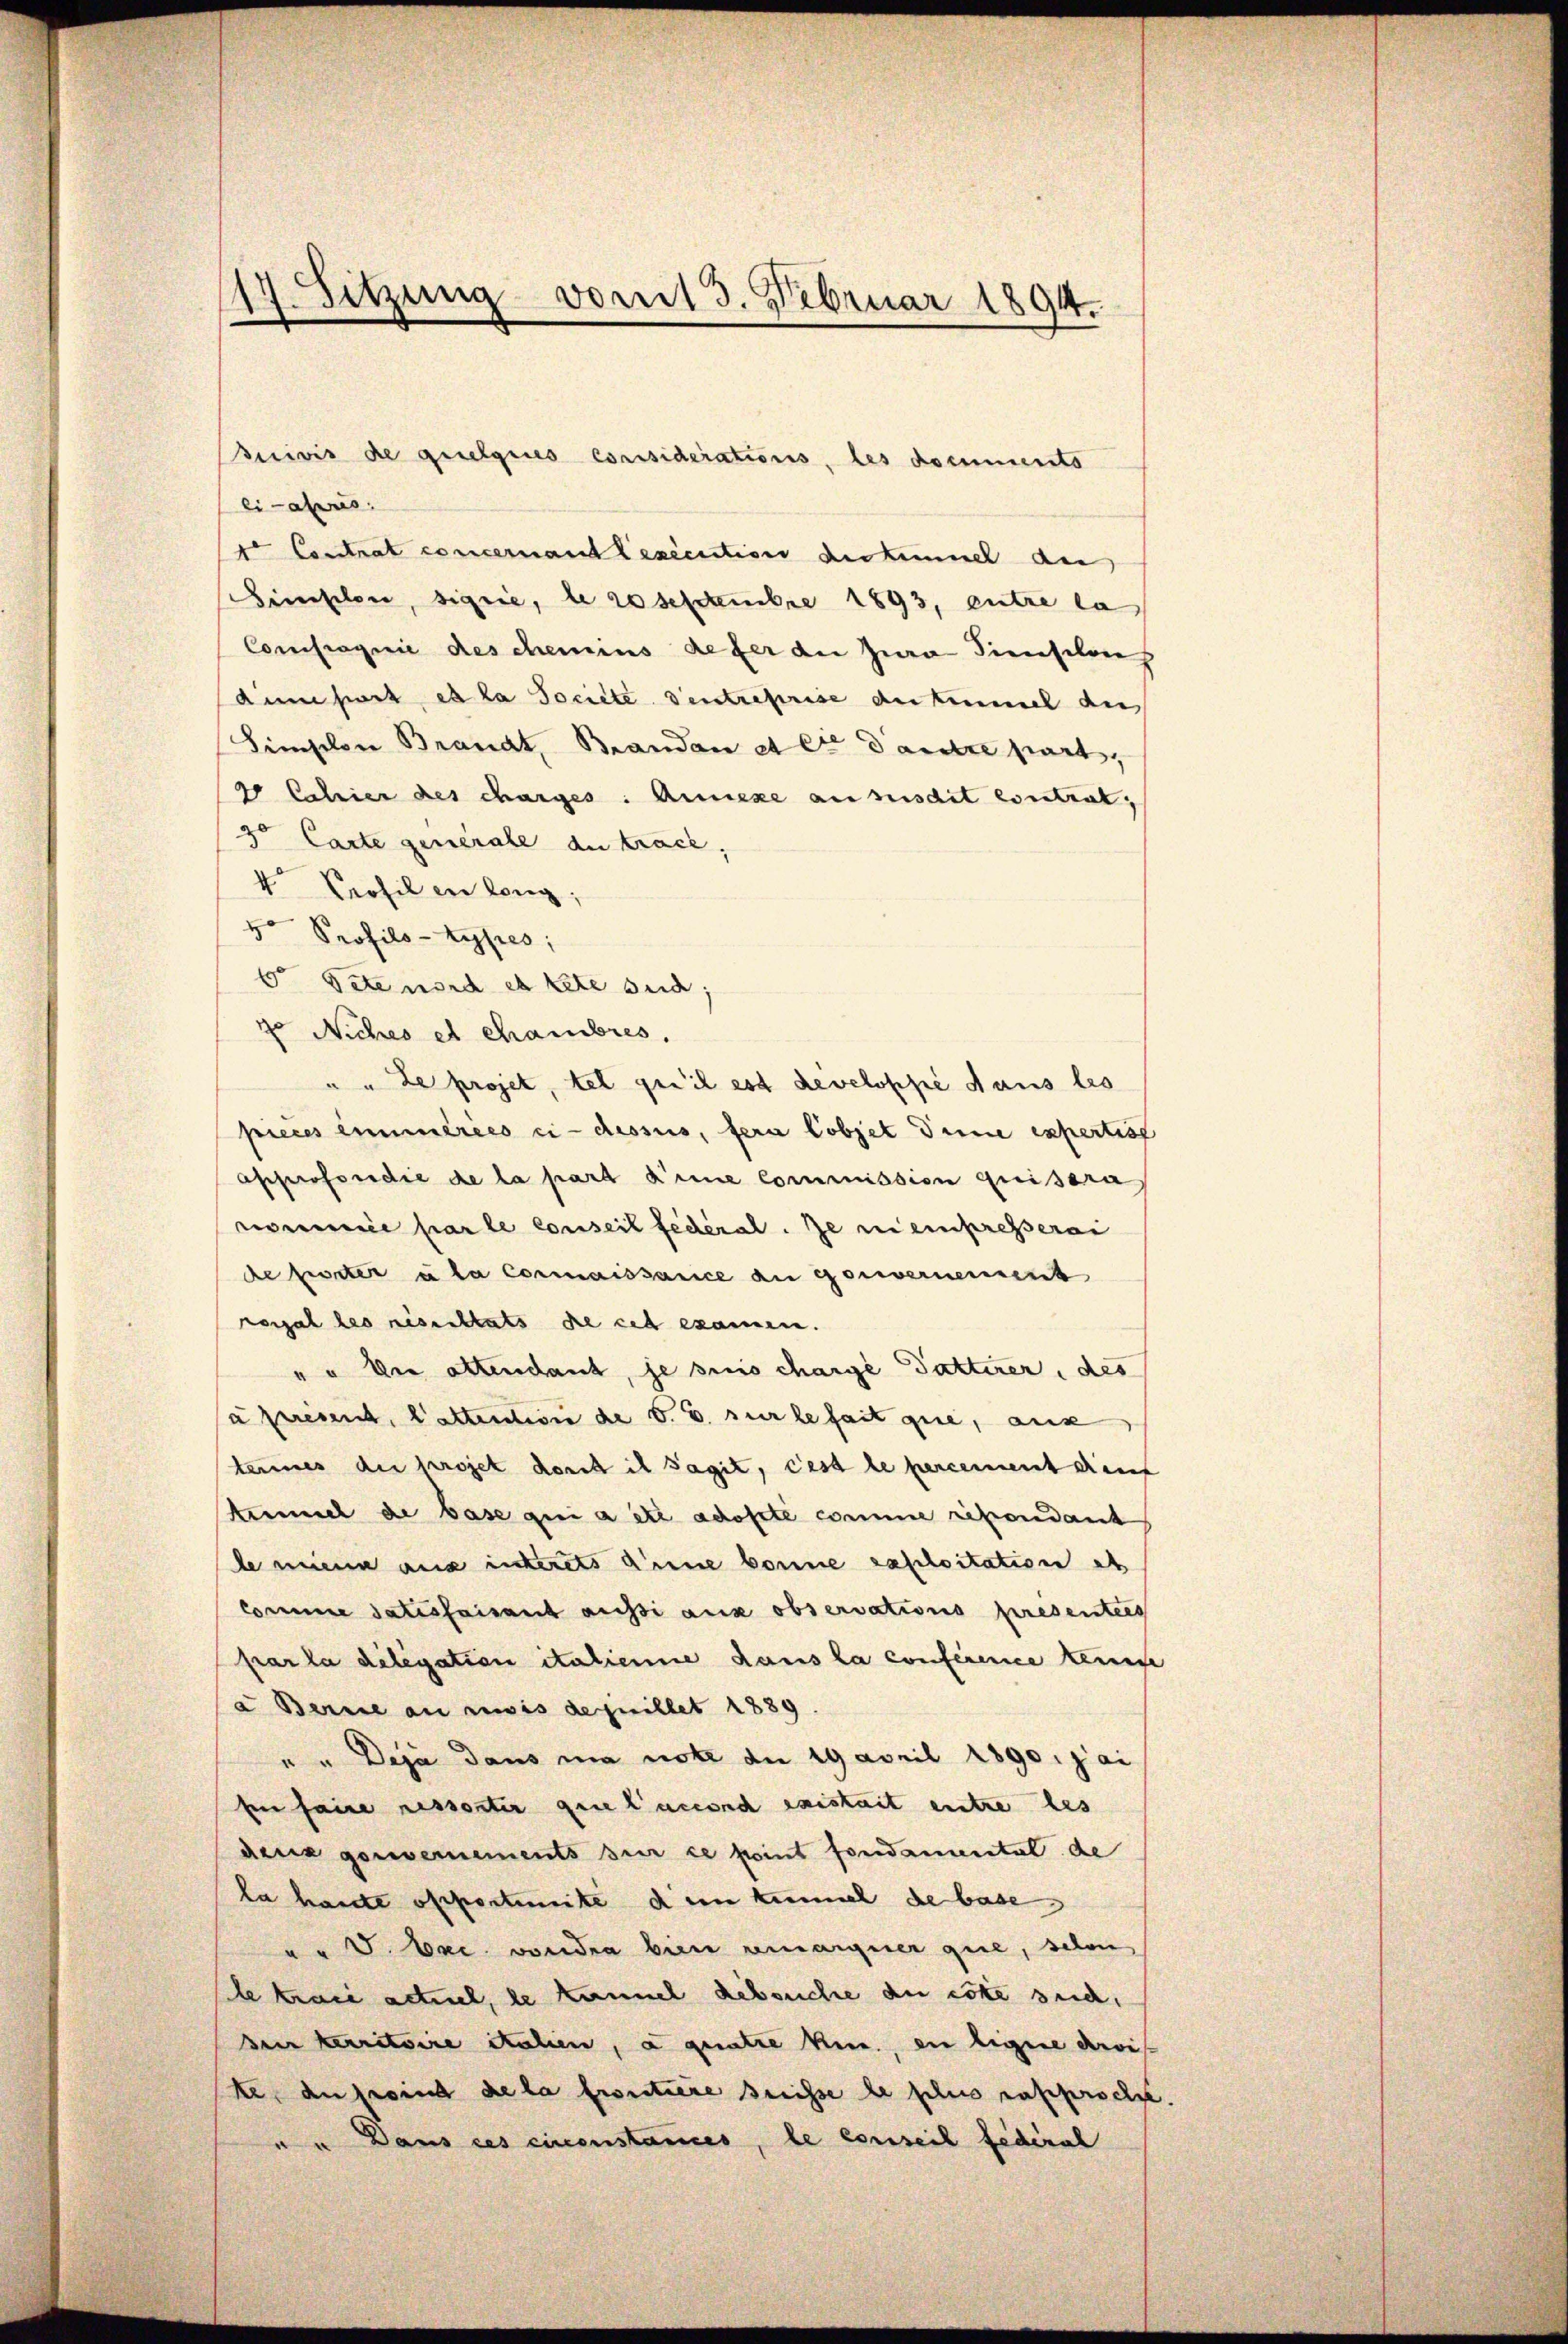
17. Sitzung vom 3. Februar 1894.

ei abers
t Contrat concernant lexécution destimmel au
Finslon, signie, le 20 Septembre 1893, entre la
Compagnie des chemins defer die Jura dieselon
dum sort es la Societe ventreprise antinmal aus
Simselon Brandt, Brandan et die Dautre part,
4 Schier des charges. Annexe au susdit contrat,
30 Carte generale du trach,
4 Profil en lang,
5o Profils - Kypres;
6t Sete wird es kete sind;
4o Niches et chambres,
" " Le projet, tel qu’il est developpé dans les
preces eimérées ci-dessus, fern Cobjet deine expertiss
approforidie de la part keine Commission quisera
romenice par le conseil fédéral. Je meinpresserai
de fester u la connaissarice an gouvernement
regal les nisichtats de cet examen.
" " Die altendant, je suis charge Gatterer, des
à presend, Cattention de v. 6. sur le fait que, aus
tannes die projet dont il sagit, ces le percement diens
Kemmel de base qui a etc adopté comme refondant
le nun aus interets anne bonne raploitation et
Comme Satisfaisant aussi aux observations presenties
par la délégation italienne dans la conference kenne
a Berne an reis de quillet 1889
" "Deja dans ma note de 19 April 1890. fai
fin faire resserter que l’accord existait entze des
denz genernements sur ce point fondamental de
la haute opportimite den kennel de base
u. S. Exc. voudra bien remarquer que, selon
e krone actuel, le kennel Rebsuche au cotte sich,
den territoire italien, a quatre hin, en ligne droi
ke, de point de la frontiere Greisse de plus rapproche.
u Dans ces einenstances, le conseil fédéral

suivis de quelques considerations, les documento